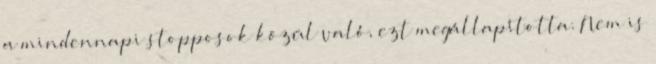
a mindennapi stopposok közül való, ezt megállapította. Nem is